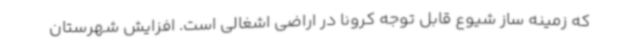
که زمینه‌ ساز شیوع قابل توجه کرونا در اراضی اشغالی است. افزایش شهرستان